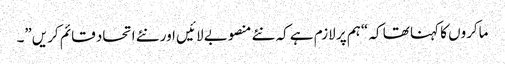
ماکروں کا کہنا تھا کہ “ہم پر لازم ہے کہ نئے منصوبے لائیں اور نئے اتحاد قائم کریں”۔